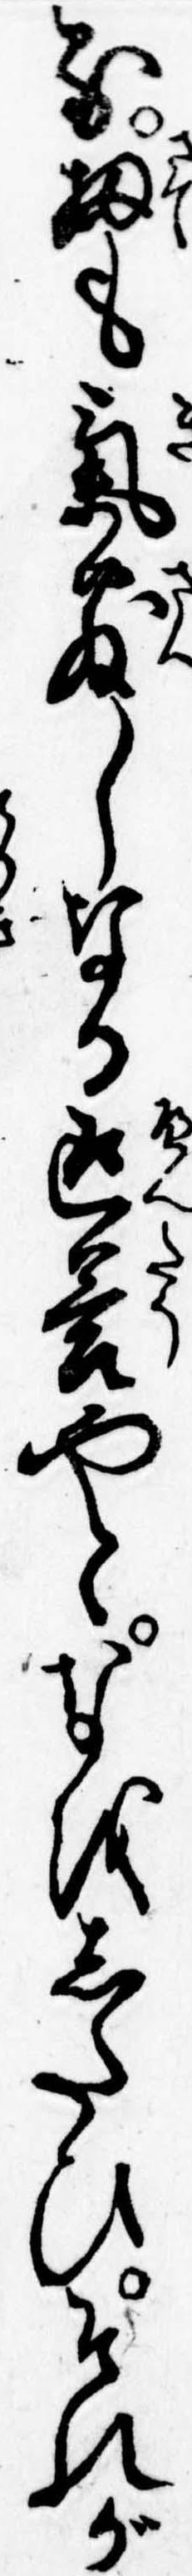
る扨も気散しなる返答やとなをしたひそれが